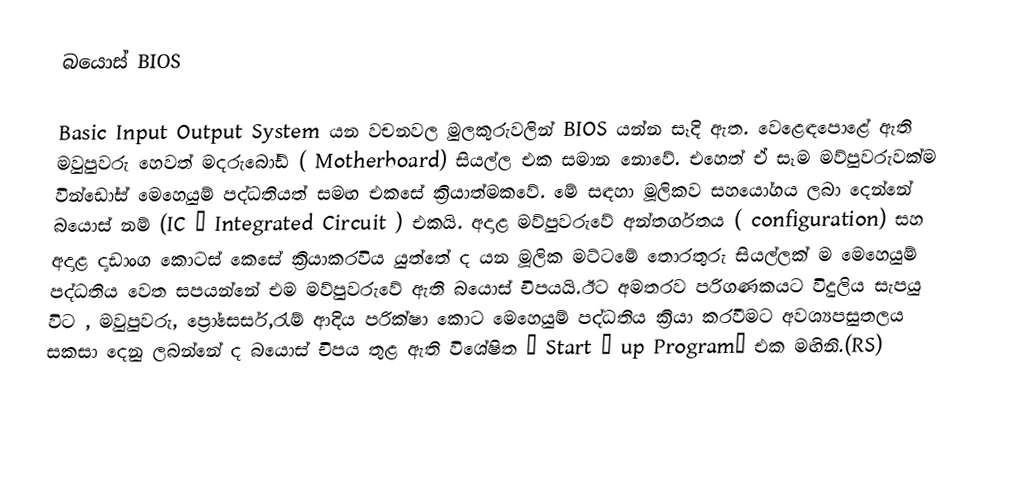
බයොස් BIOS

Basic Input Output System  යන වචනවල මුලකුරුවලින් BIOS  යන්න සෑදි ඇත. වෙළෙඳපොළේ ඇති මවුපුවරු හෙවත් මදරුබෝඩ් ( Motherboard) සියල්ල එක සමාන නොවේ. එහෙත් ඒ සෑම මව්පුවරුවක්ම වින්ඩෝස් මෙහෙයුම් පද්ධතියත් සමඟ එකසේ ක්‍රියාත්මකවේ. මේ සඳහා මූලිකව සහයෝගය ලබා දෙන්නේ බයොස් නම්   (IC – Integrated Circuit ) එකයි. අදාළ මව්පුවරුවේ අන්තර්ගතය ( configuration) සහ අදාළ දෘඩාංග කොටස් කෙසේ ක්‍රියාකරවිය  යුත්තේ ද යන මූලික මට්ටමේ තොරතුරු සියල්ලක් ම මෙහෙයුම් පද්ධතිය වෙත සපයන්නේ එම මව්පුවරුවේ ඇති බයොස් චිපයයි.ඊට අමතරව පරිගණකයට විදුලිය සැපයු විට , මවුපුවරු, ප්‍රෝසෙසර්,රැම් ආදිය පරික්ෂා කොට මෙහෙයුම් පද්ධතිය ක්‍රියා කරවීමට අවශ්‍යපසුතලය සකසා දෙනු ලබන්නේ ද බයොස් චිපය තුළ ඇති විශේෂිත ‘ Start – up Program’ එක මඟිනි.(RS)